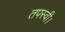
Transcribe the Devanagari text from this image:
तपस्वी।